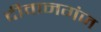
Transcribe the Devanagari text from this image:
दीवानगंज